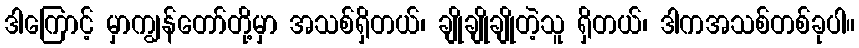
ဒါကြောင့် မှာကျွန်တော်တို့မှာ အသစ်ရှိတယ်၊ ချိုချိုချိုတဲ့သူ ရှိတယ်၊ ဒါကအသစ်တစ်ခုပါ။